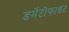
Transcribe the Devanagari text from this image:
डर्मेटोफाइट